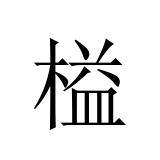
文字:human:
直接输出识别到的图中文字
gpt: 榏